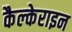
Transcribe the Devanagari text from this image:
कैल्‍केराइन